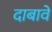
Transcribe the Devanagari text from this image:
दाबावे